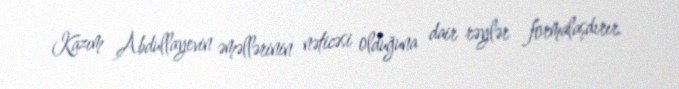
Kazım Abdullayevin əməllərinin nəticəsi olduğuna dair rəylər formalaşdırır.